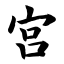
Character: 宫